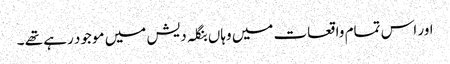
اور اس تمام واقعات میں وہاں بنگلہ دیش میں موجود رہے تھے ۔